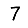
Digit: 7